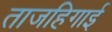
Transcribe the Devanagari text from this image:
ताजहिगाई